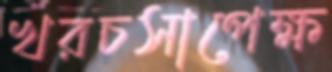
খরচসাপেক্ষ